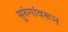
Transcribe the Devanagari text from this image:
सुरुंगांवरून